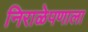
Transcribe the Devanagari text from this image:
निराळेपणाला